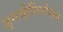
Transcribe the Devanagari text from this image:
इनव्हेस्टिगेशन